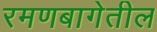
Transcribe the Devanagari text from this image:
रमणबागेतील